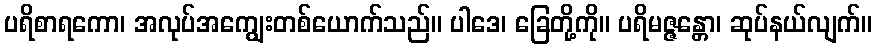
ပရိစာရကော၊ အလုပ်အကျွေးတစ်ယောက်သည်။ ပါဒေ၊ ခြေတို့ကို။ ပရိမဇ္ဇန္တော၊ ဆုပ်နယ်လျက်။